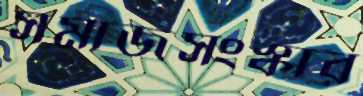
সমাজসংস্কার